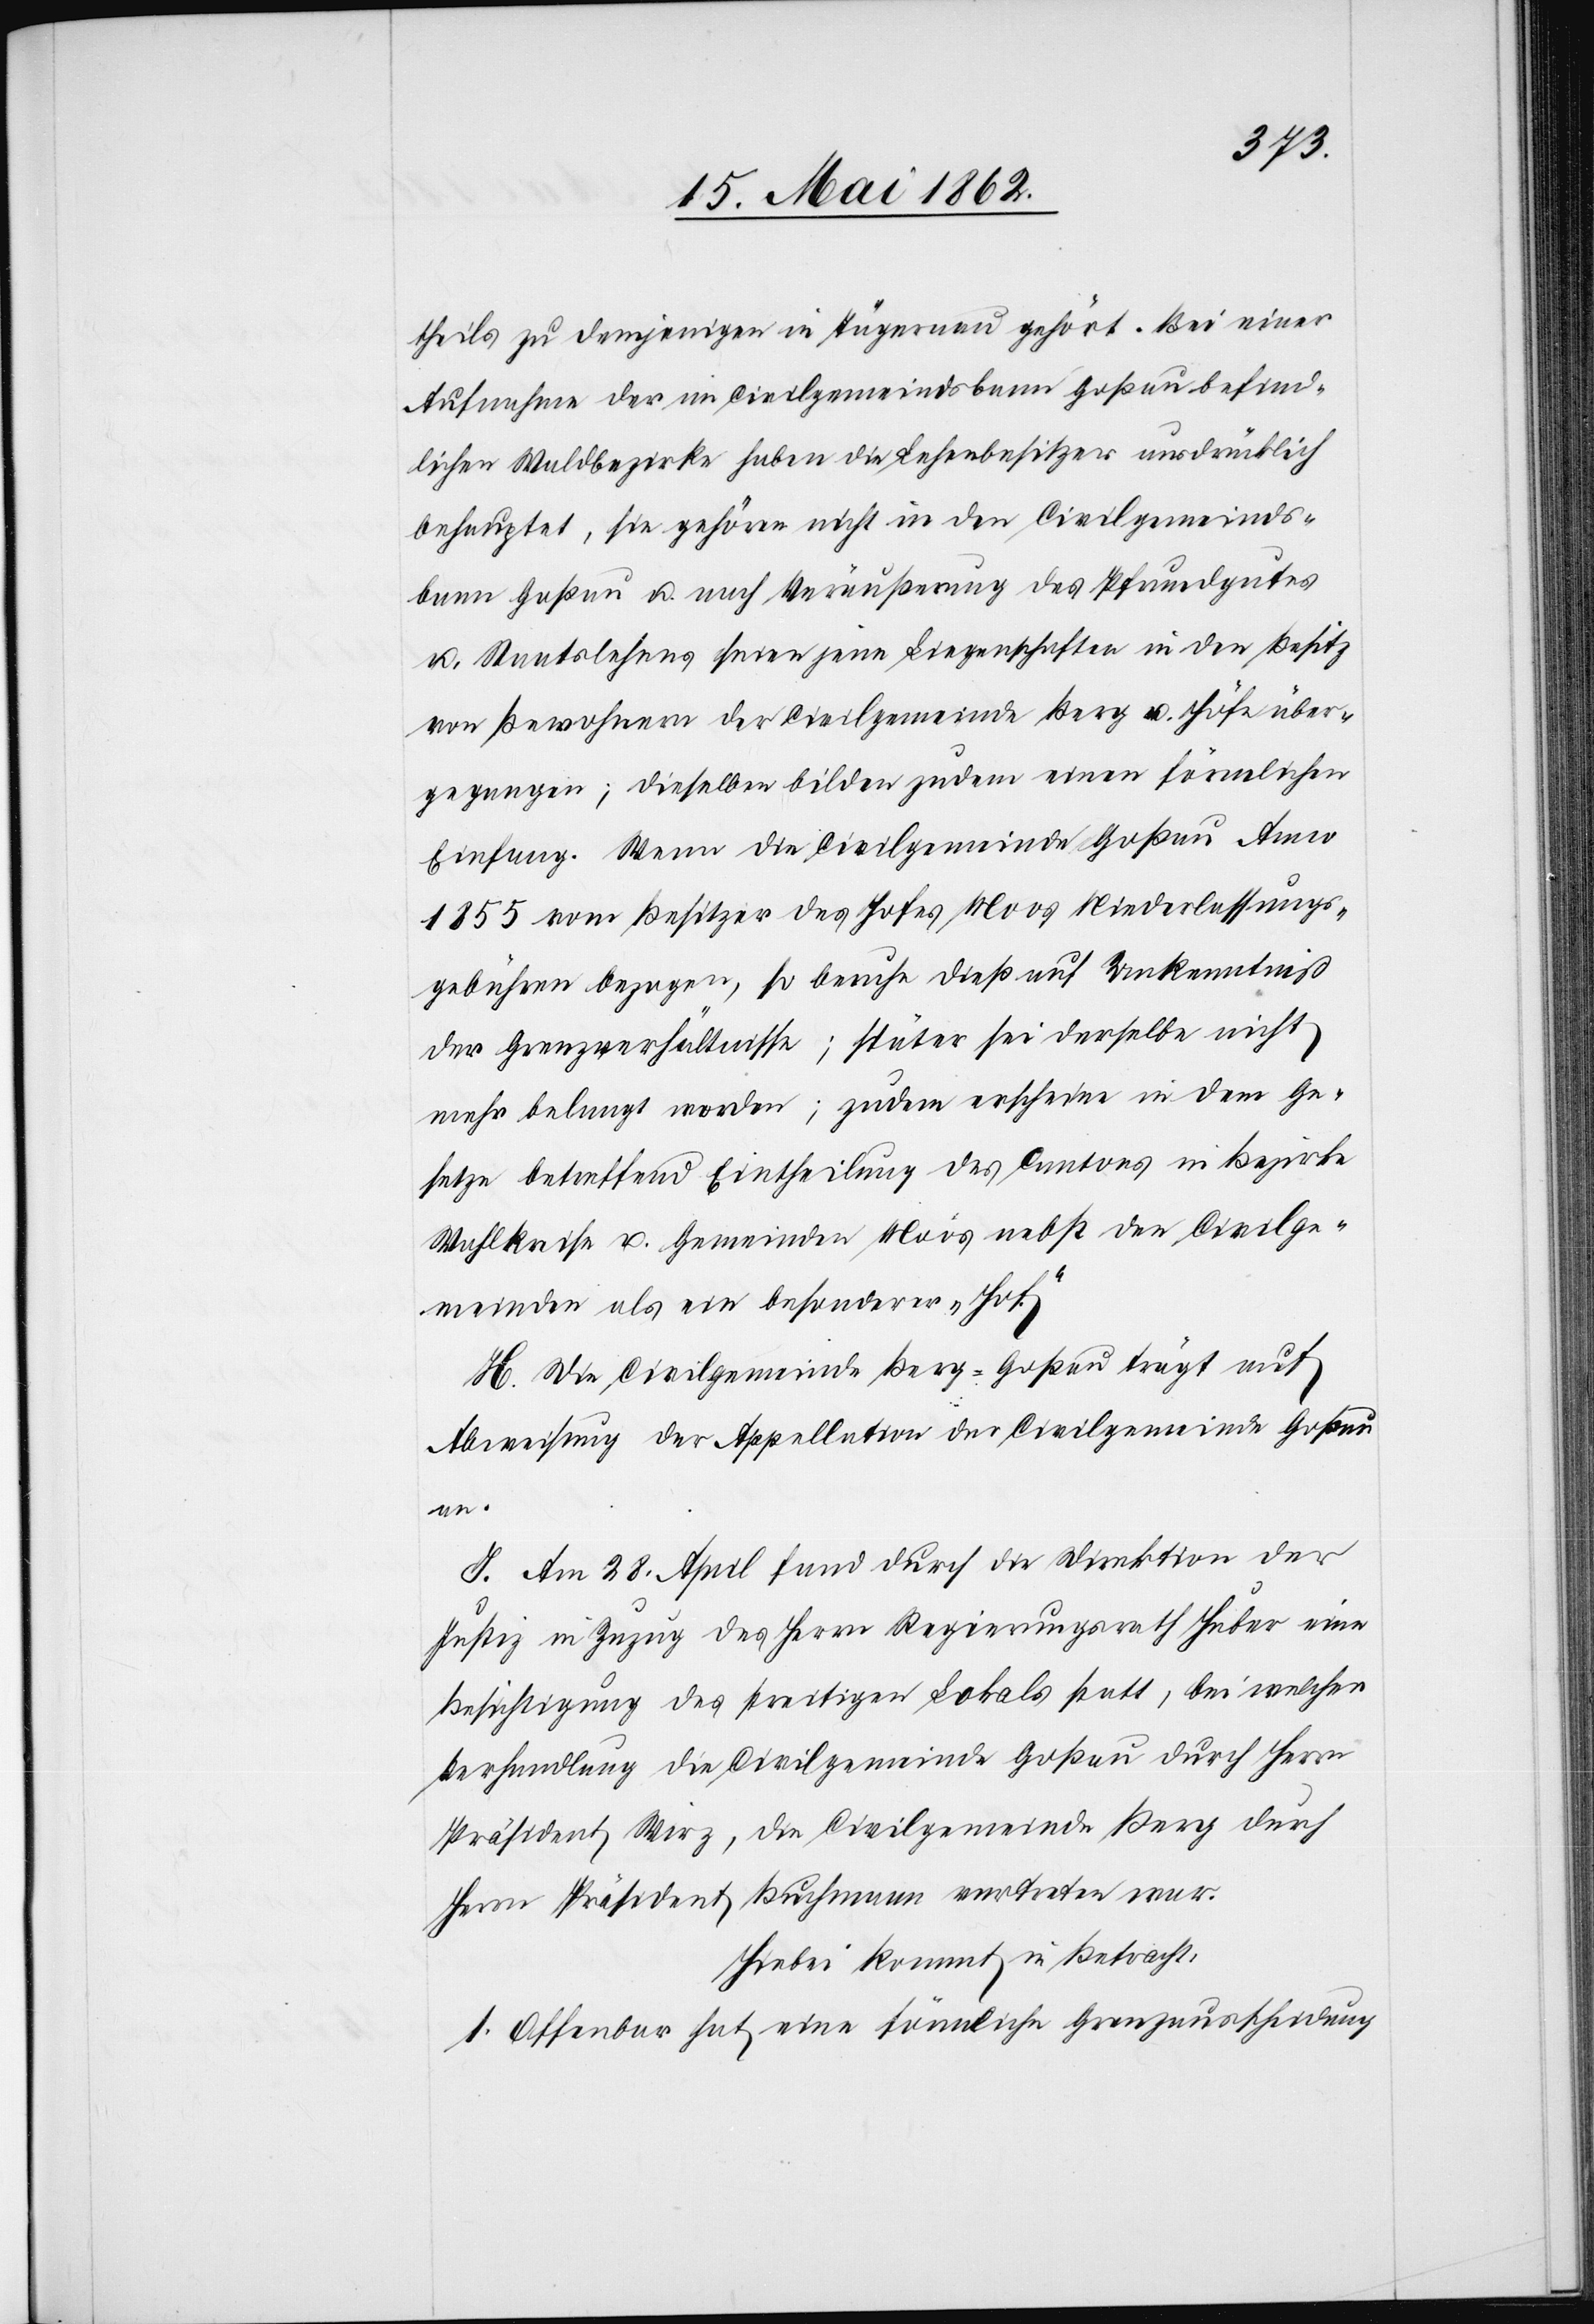
theils zu demjenigen in Tägernau gehört. Bei einer
Aufnahme der im Civilgemeindsbann Goßau befind¬
lichen Wahlbezirke haben die Lehenbesitzer ausdrücklich
behauptet, sie gehöre nicht in den Civilgemeinds¬
bann Goßau u. nach Veräußerung des Pfrundgutes
u. Staatslehens seien jene Liegenschaften in den Besitz
von Bewohnern der Civilgemeinde Berg u. Höfe über¬
gegangen; dieselben bilden zudem einen förmlichen
Einfang. Wenn die Civilgemeinde Goßau Anno
1855 vom Besitzer des Hofes Moss Niederlassungs¬
gebühren bezogen, so beruhe dieß auf Unkenntniß
der Grenzverhältnisse; später sei derselbe nicht
mehr belangt worden; zudem erscheine in dem Ge¬
setze betreffend Eintheilung des Cantons in Bezirke
Wahlkreise u. Gemeinden Moos nebst den Civilge¬
meinden als ein besonderer „Hof“.
H. Die Civilgemeinde Berg-Goßau trägt auf
Abweisung der Appellatin der Civilgemeinde Goßau
an.
I. Am 28. April fand durch die Direktion der
Justiz in Zuzug des Herrn Regierungsrath Huber eine
Besichtigung des streitigen Lokals statt, bei welcher
Verhandlung die Civilgemeinde Goßau durch Herrn
Präsident Wirz, die Civilgemeinde Berg durch
Herrn Präsident Buchmann vertreten war.
Hiebei kommt in Betracht:
1. Offenbar hat eine förmliche Grenzausscheidung